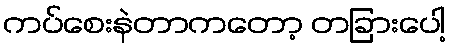
ကပ်စေးနဲတာကတော့ တခြားပေါ့